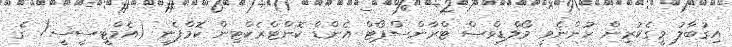
އިގުބާލު މީގެކުރިން ހުންނެވީ މޯލްޑިވްސް ޓްރާންސްޕޯޓް އެންޑް ކޮންޓްރެކްޓިން ކޮމްޕެނީ (އެމްޓީސީސީ) ގެ